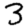
Digit: 3